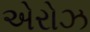
એરોઝ